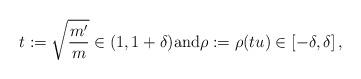
LaTeX: \begin{gather*}t:=\sqrt{\frac{m'}{m}} \in (1,1+\delta) \hbox{and} \rho:=\rho(tu) \in \left[-\delta, \delta \right],\end{gather*}